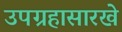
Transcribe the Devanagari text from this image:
उपग्रहासारखे